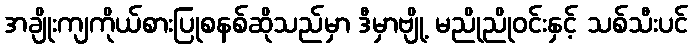
အချိုးကျကိုယ်စားပြုစနစ်ဆိုသည်မှာ ဒီမှာဗျို့ မညိုညိုဝင်းနှင့် သစ်သီးပင်